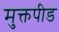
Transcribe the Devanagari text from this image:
मुक्तपीड